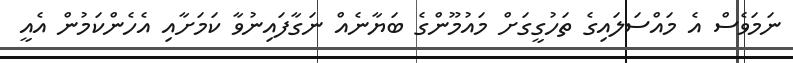
ނަމަވެސް އެ މައްސަލައިގެ ތަހުގީގަށް މައުމޫންގެ ބަޔާނެއް ނަގާފައިނުވާ ކަމަށާއި އެހެންކަމުން އެއީ